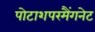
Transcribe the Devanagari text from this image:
पोटाशपरमैंगनेट